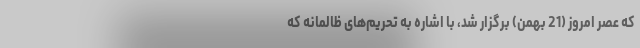
که عصر امروز (21 بهمن) برگزار شد، با اشاره به تحریم‌های ظالمانه که